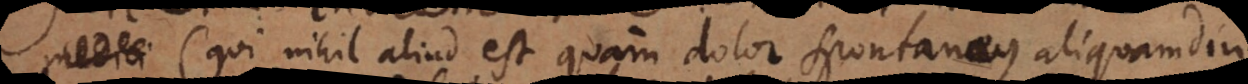
(qui nihil aliud est quam dolor spontaneus aliquamdiu